Annual report on the lock hospitals of the Madras Presidency
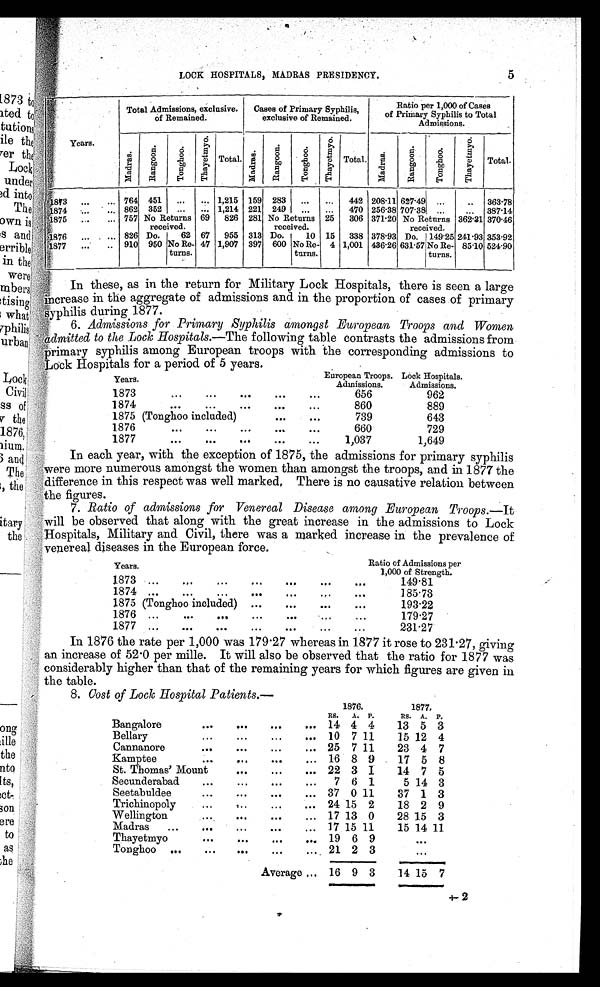
LOCK HOSPITALS, MADRAS PRESIDENCY.
,
.:.4..
Years.
Total Admissions, exclusive.
of Remained.
Cases of Primary Syphilis,
exclusive of Remained.
Ratio per 1,000 of Cases
of Primary Syphilis to Total
Admissions.
M a d r a s .
R a n g o o n . T o n g h o o .
T h a y e t m y o .
Total.
M a d r a s .
R a n g o o n .
T o n g h o o .
T h a y e t m y o .
Total.
M a d r a s .
R a n g o o n .
T o n g h o o .
T h a y e t m y o .
Total.
8C3
...
... 764 451
...
... 1,215 159 283
...
955
...
442 208.11 627.49 .,.
..
363.78
874
. . . . 862 352
...
. 1,214
6
2
221 249
...
.
470 256. 38 707-38 ...
...
387.14
' 875
...
... 757 No Returns
received.
69
826 281 No Returns
received,
25
306 371 . 20 No Returns
received.
362. 31 370.46
4876
...
.,. 826
67
313
15
338 378.93
241 . 93 353.92
Do.
Do.
10
Do. 149'25
;' ,1817,7
...
.. 910 950 No Re-
turns.
47 1,907 397 600 No Re-
turns.
4 1,001 436.26 631. 57 No Re-
turns.
85.10 524.90
In these, as in the return for Military Lock Hospitals, there is seen a large
*increase in the aggregate of admissions and in the proportion of cases of primary
syphilis during 1877.
6. Admissions for Primary Syphilis amongst European Troops and Women,
'admitted to the Lock Hospitals.—The following table contrasts the admissions from
.admitte
ar y syphilis among European troops with the corresponding admissions to
Lock Hosp itals for a period of 5 years.
.,.
Years.
-
-
European Troops.
Admissions.
Lock Hospitals.
Admissions.
1873
...
...
. . .
. . .
...
656
962
1874
. . .
. . .
. . .
...
...
860
889
1875 (Tonghoo included)
. . .
. . .
739
643
1876
...
. . .
...
...
. . .
660
729
1877
...
...
. . .
.. .
.
. .
1,037
1,649
In each year, with the exception of 1875, the admissions for primary syphilis
;,were more numerous amongst the women than amongst the troops, and in 1877 the
difference in this respect was well marked, There is no causative relation between
,the figures.
7. Ratio of admissions for Venereal Disease among European Troops.—It
will be observed that along with the great increase in the admissions to Lock
Hospitals, Military and Civil, there was a marked increase in the prevalence of
venereal diseases in the European force.
Years.
Ratio of Admissions per
1,000 of Strength.
1873 ...
,,
. . .
. . .
. . .
. . .
. . .
149.81
1874 ...
. . .
. . .
. . .
. . .
.,.
...
185-73
1875 (Tonghoo included) ...
. . .
—
. . .
193.22
1876 ...
...
. . .
...
. . .
....
...
179.27
1877 ...
....
...
...
...
..
...
221.27
In 1876 the rate per 1,000 was 179 . 27 whereas in 1877 it rose to 231 . 27, giving
an increase of 52 . 0 per mille. It will also be observed that the ratio for 1877 was
considerably higher than that of the remaining years for which figures are given in
the table.
R. Cost of End; HospitalPatients.—
1876.
1877,
RS.
A.
P.
RS.
A.
P.
Bangalore
...
. . .
. . .
... 14 4 4
13 5 3
Bellary
...
...
. . .
... 10 7 11
15 12 4
Cannanore
*041
. . .
...
...
25 7 11
23 4 7
Kamptee
...
...
...
... 16 8 9
17 5 8
St. Thomas' Mount
. . .
409
...
22 3 1
14 7 5
Secunderabad
...
...
. . .
vv.
7 6 1
5 14 3
Seetabuldee
...
...
. . .
... 37 0 11
37 1 3
Trichinopoly
...
,..
...
... 24 15 2
18 2 9
Wellington...
. . .
. . .
... 17 13 0
28 15 3
Madras
...
...
. . .
. . .
,..
17 15 11
15 14 11
Thayetmyo
...
...
...
..., 19 6 9
. . .
Tonghoo ...
...
0811
. . .
, 21 2 3
. . .
Average ... 16 9 3
14
. . . . . . . . . . . . . . . . . . .n
. . . 0 1
15 7
. . . . . . . . 1 0 . I i i in
(......n . . . . . . . . . . .n
. .